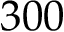
3 0 0